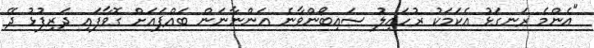
"އެންމެ ރަނގަޅު އެކަމަކު ރުހައިލު ސައިބޯންވާނެ އަންނާނަން ބައްޕައަށް ގޮވާފައި ދަރިފުޅު ދޭ